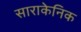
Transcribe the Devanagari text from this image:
साराकेनिक